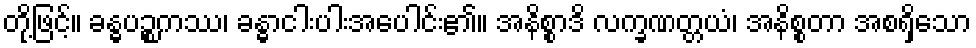
တို့ဖြင့်။ ခန္ဓပဉ္စကဿ၊ ခန္ဓာငါးပါးအပေါင်း၏။ အနိစ္စာဒိ လက္ခဏတ္တယံ၊ အနိစ္စတာ အစရှိသော